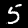
Label: 5